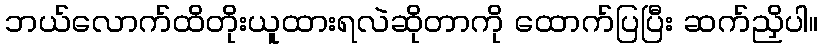
ဘယ်လောက်ထိတိုးယူထားရလဲဆိုတာကို ထောက်ပြပြီး ဆက်ညှိပါ။